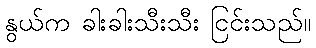
နွယ်က ခါးခါးသီးသီး ငြင်းသည်။